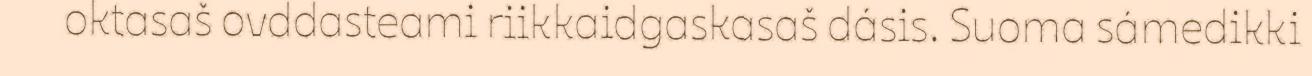
oktasaš ovddasteami riikkaidgaskasaš dásis. Suoma sámedikki